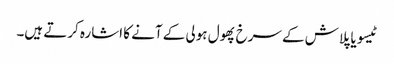
ٹیسو یا پلاش کے سرخ پھول ہولی کے آنے کا اشارہ کرتے ہیں۔